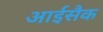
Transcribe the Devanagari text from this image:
आईसैक